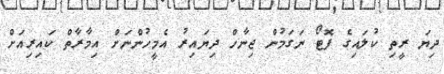
ދިޔަ ރީތި ކުލައިގެ ފޮޓޯ ނަގަމުން ޖިނާހް ދިޔައިރު އެމީހުންނަށް އިމާރާތް ކައިރިއަށް